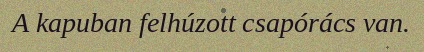
A kapuban felhúzott csapórács van.